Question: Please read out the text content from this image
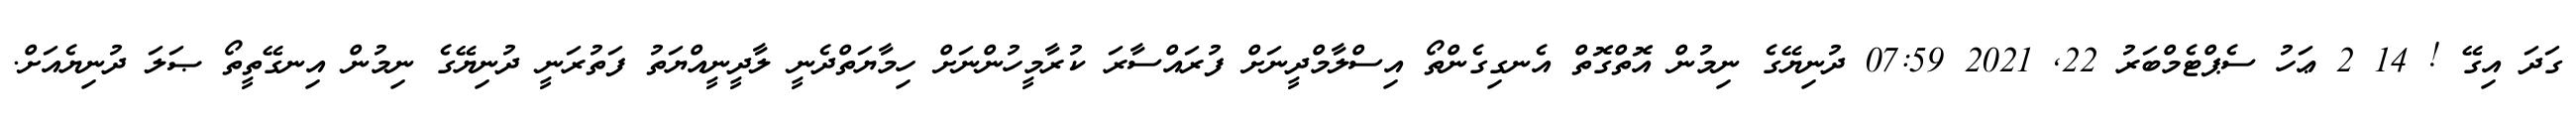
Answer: ގަދަ އިގޭ ! 14 2 ޢަހު ސެޕްޓެމްބަރު 22, 2021 07:59 ދުނިޔޭގެ ނިމުން އޮތްގޮތް އެނގިގެންތޯ އިސްލާމްދީނަށް ފުރައްސާރަ ކުރާމީހުންނަށް ހިމާޔަތްދެނީ ލާދީނީއްޔަތު ފަތުރަނީ ދުނިޔޭގެ ނިމުން އިނގޭތީތޯ ޞަލަ ދުނިޔެއަށް.